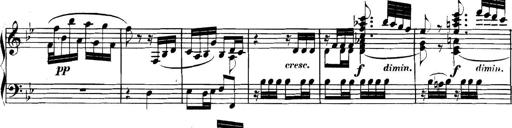
Title: Collected Piano Sonatas
Composer: Muzio Clementi